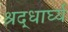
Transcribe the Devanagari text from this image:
श्रद्धार्घ्य